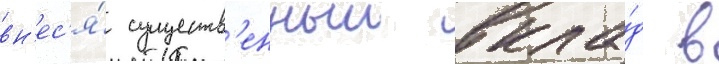
вн'ес'я́ существ'енныи вкла́д в